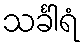
သင်္ခါရံ